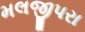
મલજીપરા